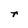
Character: r